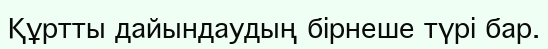
Құртты дайындаудың бiрнеше түрi бар.